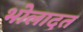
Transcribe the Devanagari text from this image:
भोलादत